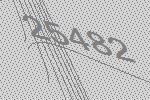
25482